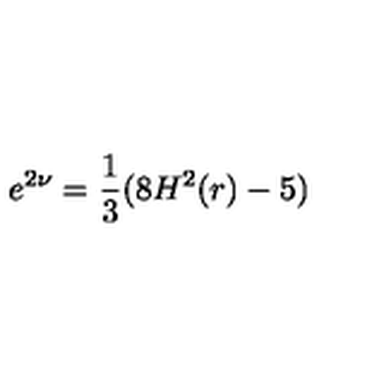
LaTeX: e ^ { 2 \nu } = \frac { 1 } { 3 } ( 8 H ^ { 2 } ( r ) - 5 )